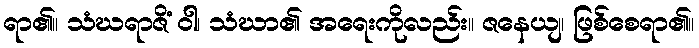
ရာ၏။ သံဃရာဇိံ ဝါ၊ သံဃာ၏ အရေးကိုလည်း။ ဇနေယျ၊ ဖြစ်စေရာ၏။